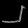
Digit: ၂